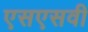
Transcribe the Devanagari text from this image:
एसएसवी